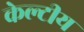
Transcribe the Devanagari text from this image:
केल्टीय